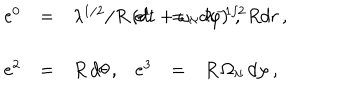
LaTeX: \begin{array} { r c l r c l } { { e ^ { 0 } } } & { { = } } & { { \lambda ^ { 1 / 2 } / R \left( d t + \omega _ { \aleph } d \varphi \right) \, , \hspace { . 5 c m } } } & { { e ^ { 1 } } } & { { = } } & { { \lambda ^ { - 1 / 2 } R d r \, , } } \\ { { } } & { { } } & { { } } & { { } } & { { } } & { { } } \\ { { e ^ { 2 } } } & { { = } } & { { R \, d \theta \, , } } & { { e ^ { 3 } } } & { { = } } & { { R \, \Omega _ { \aleph } \, d \varphi \, , } } \\ \end{array}